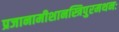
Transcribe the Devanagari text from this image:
प्रजानामीशानस्त्रिपुरमथनः